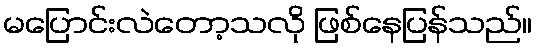
မပြောင်းလဲတော့သလို ဖြစ်နေပြန်သည်။